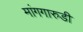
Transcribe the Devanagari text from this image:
मांगगारुडी